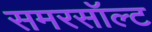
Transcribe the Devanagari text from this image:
समरसॉल्ट